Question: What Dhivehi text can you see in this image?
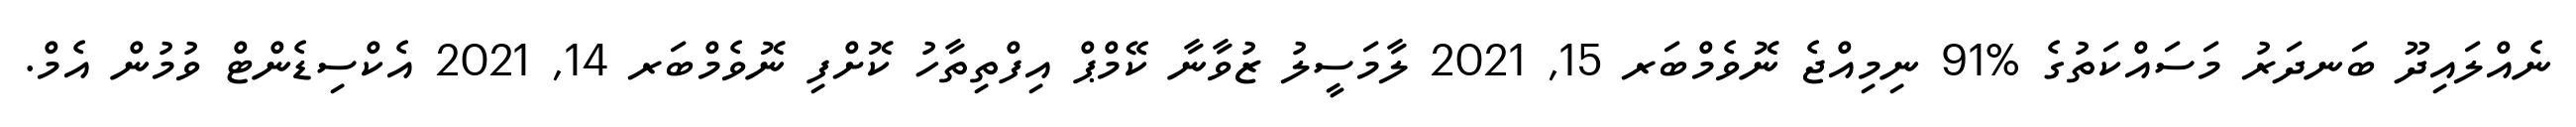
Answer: ނެއްލައިދޫ ބަނދަރު މަސައްކަތުގެ %91 ނިމިއްޖެ ނޮވެމްބަރ 15, 2021 ލާމަސީލު ޒުވާނާ ކޭމްޕް އިފްތިތާހު ކޮށްފި ނޮވެމްބަރ 14, 2021 އެކްސިޑެންޓް ވުމުން އެމް.